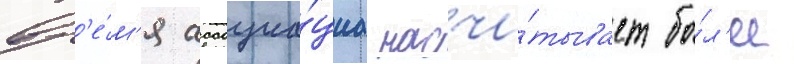
вр'е́м'я ассоциа́циа насчи́тывает бо́л'ее